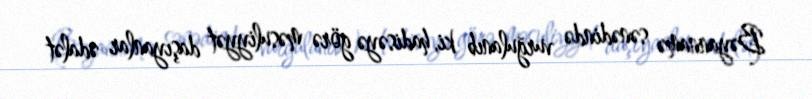
Bəyannamə sənədində vurğulanıb ki, hadisəyə görə məsuliyyət daşıyanlar ədalət